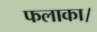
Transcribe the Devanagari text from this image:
फलाका।